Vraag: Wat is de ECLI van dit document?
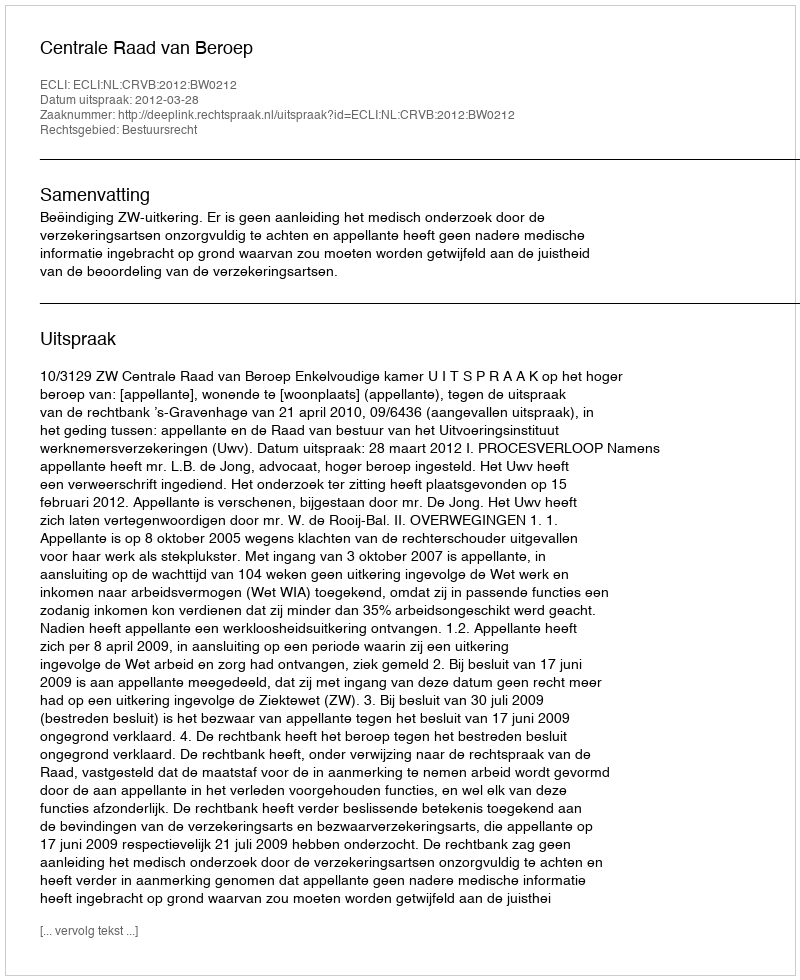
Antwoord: ECLI:NL:CRVB:2012:BW0212